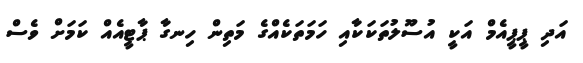
އަދި ޕީޕީއެމް އަކީ އުސޫލުތަކަކާއި ހަމަތަކެއްގެ މަތިން ހިނގާ ޕާޓީއެއް ކަމަށް ވެސް